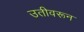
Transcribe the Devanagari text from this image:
उतीवरून